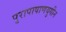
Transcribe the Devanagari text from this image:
पुरापाषाणयुगीन